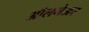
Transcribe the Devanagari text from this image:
ऑलनेअर